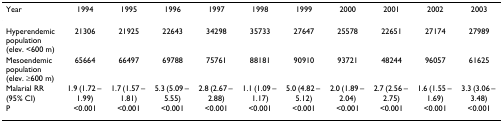
<table><thead><tr><td><b>Year</b></td><td><b>1994</b></td><td><b>1995</b></td><td><b>1996</b></td><td><b>1997</b></td><td><b>1998</b></td><td><b>1999</b></td><td><b>2000</b></td><td><b>2001</b></td><td><b>2002</b></td><td><b>2003</b></td></tr></thead><tbody><tr><td>Hyperendemic population (elev. &lt;600 m)</td><td>21306</td><td>21925</td><td>22643</td><td>34298</td><td>35733</td><td>27647</td><td>25578</td><td>22651</td><td>27174</td><td>27989</td></tr><tr><td>Mesoendemic population (elev. ≥600 m)</td><td>65664</td><td>66497</td><td>69788</td><td>75761</td><td>88181</td><td>90910</td><td>93721</td><td>48244</td><td>96057</td><td>61625</td></tr><tr><td>Malarial RR (95% CI)</td><td>1.9 (1.72 – 1.99)</td><td>1.7 (1.57 – 1.81)</td><td>5.3 (5.09 – 5.55)</td><td>2.8 (2.67 – 2.88)</td><td>1.1 (1.09 – 1.17)</td><td>5.0 (4.82 – 5.12)</td><td>2.0 (1.89 – 2.04)</td><td>2.7 (2.56 – 2.75)</td><td>1.6 (1.55 – 1.69)</td><td>3.3 (3.06 – 3.48)</td></tr><tr><td>P</td><td>&lt;0.001</td><td>&lt;0.001</td><td>&lt;0.001</td><td>&lt;0.001</td><td>&lt;0.001</td><td>&lt;0.001</td><td>&lt;0.001</td><td>&lt;0.001</td><td>&lt;0.001</td><td>&lt;0.001</td></tr></tbody></table>